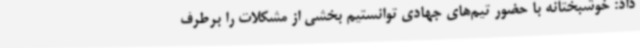
داد: خوشبختانه با حضور تیم‌های جهادی توانستیم بخشی از مشکلات را برطرف